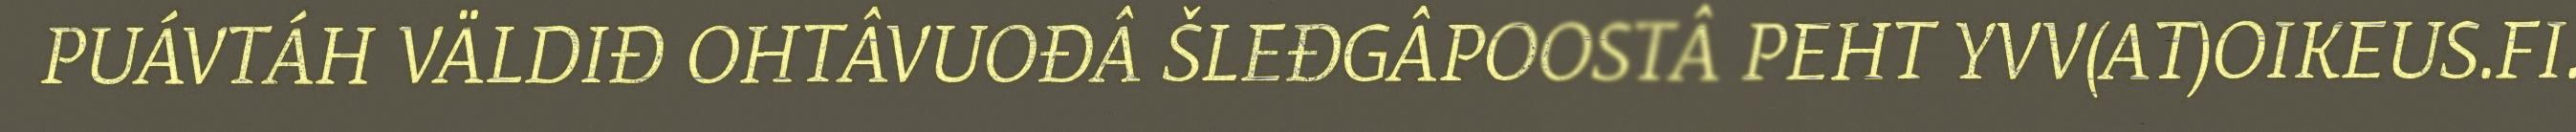
PUÁVTÁH VÄLDIĐ OHTÂVUOĐÂ ŠLEĐGÂPOOSTÂ PEHT YVV(AT)OIKEUS.FI.